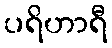
ပရိဟာရီ